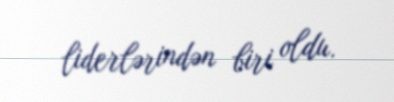
liderlərindən biri oldu.